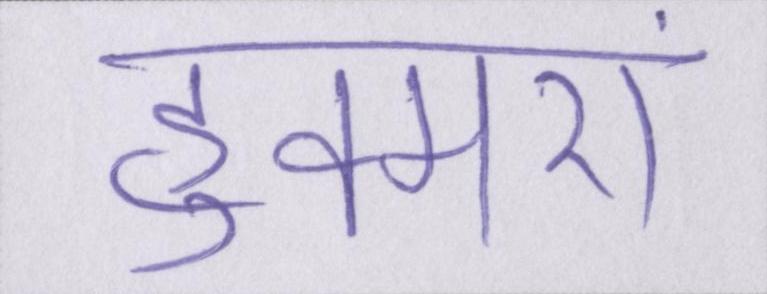
हुक्मरां